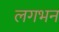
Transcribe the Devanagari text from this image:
लगभन